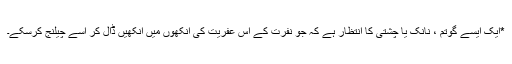
*ایک ایسے گوتم ، نانک یا چشتی کا انتظار ہے کہ جو نفرت کے اس عفریت کی آنکھوں میں آنکھیں ڈال کر اسے چیلنج کرسکے۔